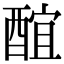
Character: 䣾